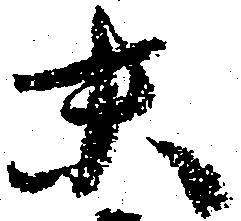
末